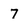
Character: 7